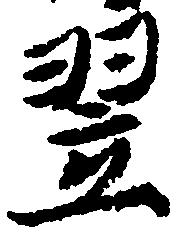
翌